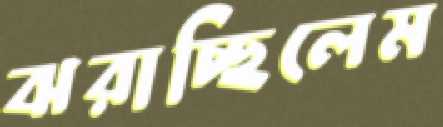
ঝরাচ্ছিলেম